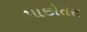
પાછોતરા